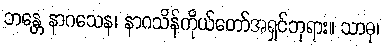
ဘန္တေ နာဂသေန၊ နာဂသိန်ကိုယ်တော်အရှင်ဘုရား။ သာဓု၊